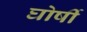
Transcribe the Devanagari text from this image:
घोर्षी